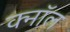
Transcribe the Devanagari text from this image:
क्नॉल